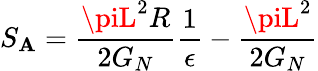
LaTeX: S_{\mathbf{A}}=\frac{{\piL^{2}R}}{{2G_{N}}}\frac{{1}}{{\epsilon}}-\frac{{\piL^{2}}}{{2G_{N}}}